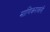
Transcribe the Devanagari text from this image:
माणिकरावांनी